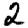
Digit: 2